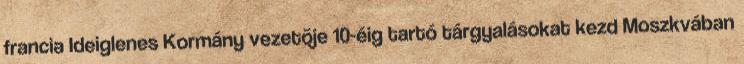
francia Ideiglenes Kormány vezetõje 10-éig tartó tárgyalásokat kezd Moszkvában